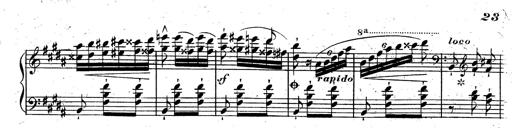
Title: Rondeau fantastique sur un thÃ¨me espagnol
Composer: Franz Liszt